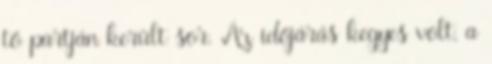
tő partján került sor. Az időjárás kegyes volt, a